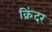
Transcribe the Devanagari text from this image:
क्रिंदर